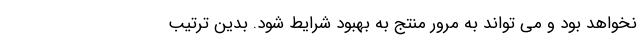
نخواهد بود و می تواند به مرور منتج به بهبود شرایط شود. بدین ترتیب